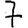
Digit: 7